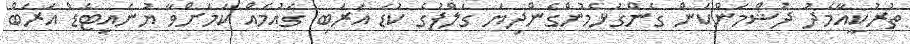
ތުރުކީއާމެދު ދުޝްމަންކަން ގެންގުޅެމުންގެންދިޔަ ގަލްފުގެ ކުޑަ އަރަބި ގައުމެއް ކަމަށްވާ ޔުނައިޓެޑް އަރަބް